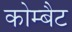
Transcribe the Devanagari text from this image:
कोम्बैट